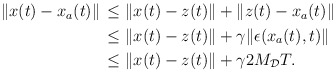
\begin{align*}\begin{aligned}\|x(t)-x_a(t)\| &\,\le \|x(t)-z(t)\| + \|z(t)-x_a(t)\| \\&\, \le \|x(t)-z(t)\|+\gamma \|\epsilon(x_a(t),t)\| \\&\, \le \|x(t)-z(t)\|+\gamma 2M_\mathcal{D} T.\end{aligned}\end{align*}